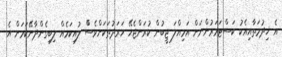
އެ ޚިދުމަތާއިއެކު ކަސްޓަމަރުންނަށް އަމިއްލަ ޖީބުން ކުރަންޖެހޭ ހަރަދުތަކަށްވެސްް ލުއިކަމެއް ލިބިގެންދާނޭކަމަށް އެ